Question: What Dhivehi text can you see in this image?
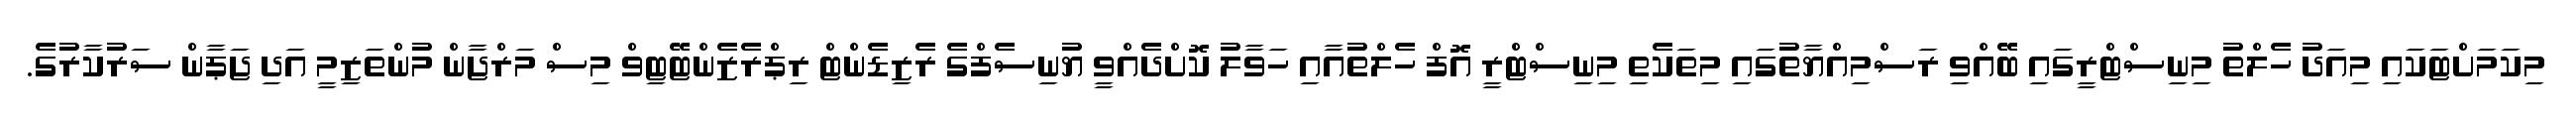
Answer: މިކަމަށްޓަކައި މިއަދު ހެލްތު މިނިސްޓްރީގައި ބޭއްވި ރަސްމިއްޔާތުގައި މިތަކެތި މިނިސްޓްރީ އޮފް ހެލްތުއާއި ހަވާލު ކޮށްދެއްވީ ޔުނިސެފްގެ ރެޒިޑެންޓް ރިޕްރެޒެންޓޭޓިވް މިސް މަރްޖާން މުންތަޒިމީ އަދި ޖަޕާން ސަރުކާރުގެ.